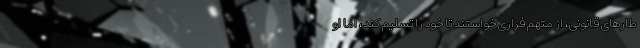
طار‌های قانونی، از متهم فراری خواستند تا خود را تسلیم کند، اما او